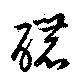
醲